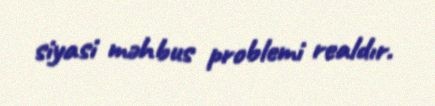
siyasi məhbus problemi realdır.